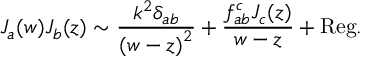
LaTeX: J _ { a } ( w ) J _ { b } ( z ) \sim \frac { k ^ { 2 } \delta _ { a b } } { { ( w - z ) } ^ { 2 } } + \frac { f _ { a b } ^ { c } J _ { c } ( z ) } { w - z } + \mathrm { R e g . }